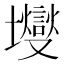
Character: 𰋃